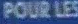
POUR LES